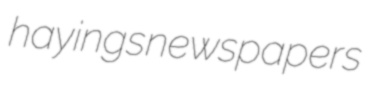
hayings newspapers